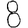
Digit: 8